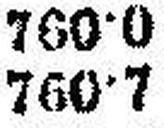
760·7